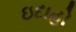
ઇદાહો